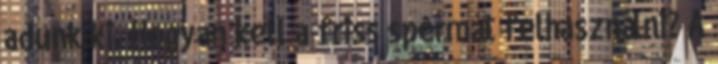
adunk ki. Hogyan kell a friss spermát felhasználni? A